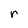
Character: r